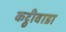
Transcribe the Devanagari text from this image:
कट्ठीवाडा